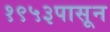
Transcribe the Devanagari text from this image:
१९५३पासून